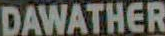
DAWATHER